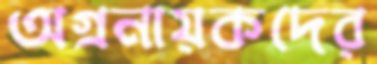
অগ্রনায়কদের